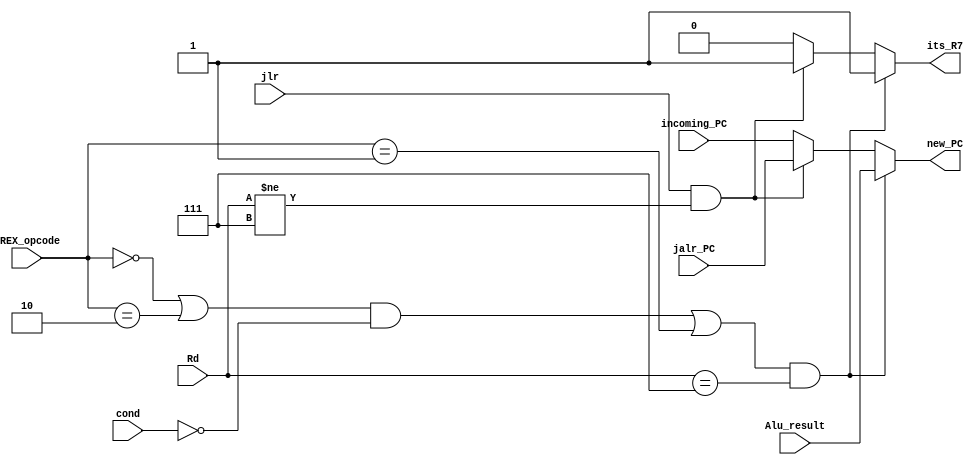
module R7_control_EX(RREX_opcode,jlr,jalr_PC,incoming_PC,cond,Rd,Alu_result,new_PC,its_R7);
		input [3:0] RREX_opcode;
		input [2:0] Rd;
		input [1:0] cond;
		input jlr;
		input [15:0] Alu_result,jalr_PC,incoming_PC;
		output reg [15:0] new_PC;
      output reg its_R7;
		always @(*)
			begin
			   its_R7 = 1'b0;
				new_PC = incoming_PC;
			
						// add              			 ndu                                   	adi
				if((((RREX_opcode==3'b0000 || RREX_opcode==3'b0010) && cond==2'b00) || RREX_opcode==3'b0001) && Rd==3'b111)	
					begin 
						its_R7=1'b1;
		    			new_PC = Alu_result;				
					end				
				else if (jlr && Rd!=3'b111)
						 begin
							new_PC = jalr_PC;
						   its_R7=1'b1;
						 end
				
			end

endmodule